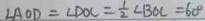
\angle A O D = \angle D O C = \frac { 1 } { 2 } \angle B O C = 6 0 ^ { \circ }